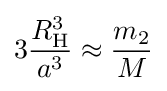
3{\frac {R_{\mathrm {H} }^{3}}{a^{3}}}\approx {\frac {m_{2}}{M}}